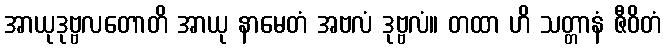
အာယုဒုဗ္ဗလတောတိ အာယု နာမေတံ အဗလံ ဒုဗ္ဗလံ။ တထာ ဟိ သတ္တာနံ ဇီဝိတံ